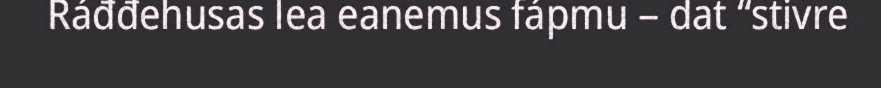
Ráđđehusas lea eanemus fápmu – dat “stivre